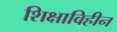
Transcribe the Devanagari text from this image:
शिक्षाविहीन